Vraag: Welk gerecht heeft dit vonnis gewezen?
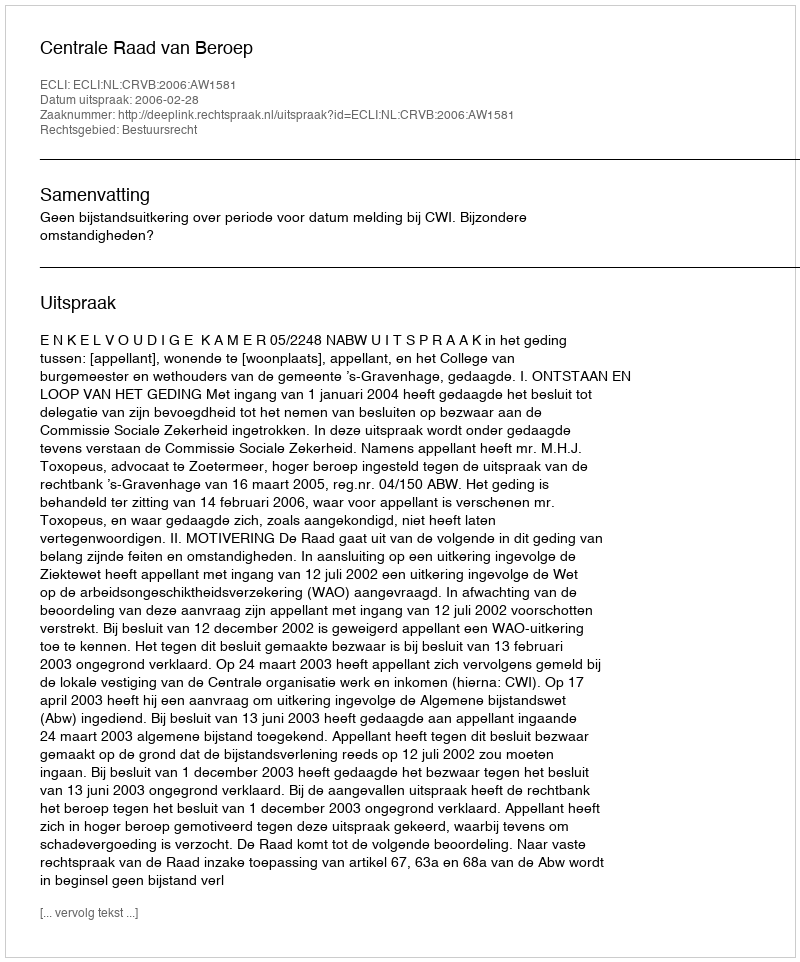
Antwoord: Centrale Raad van Beroep